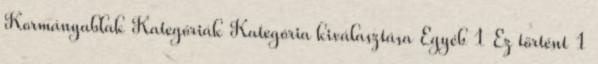
Kormányablak Kategóriák Kategória kiválasztása Egyéb 1 Ez történt 1